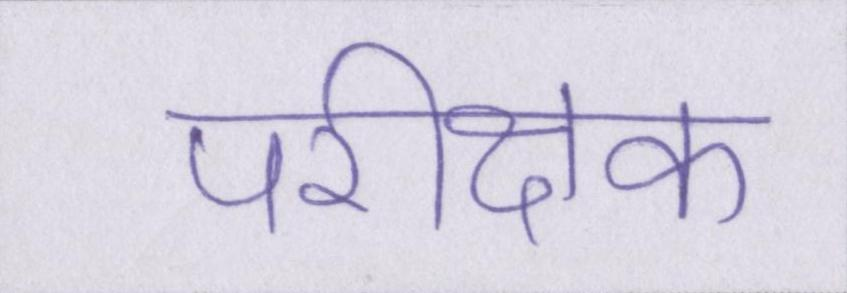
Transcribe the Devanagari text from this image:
परीक्षक